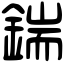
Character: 鍴